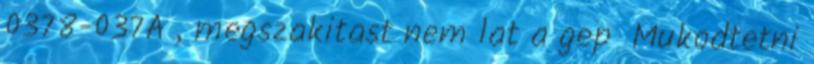
0378-037A , megszakitast nem lat a gep Mukodtetni